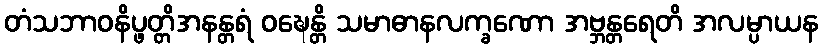
တံသဘာဝနိပ္ဖတ္တိအနန္တရံ ဝဍ္ဎေန္တိ သမာဓာနလက္ခဏော အဗ္ဘန္တရေတိ အလမ္ပာယန